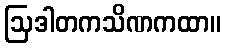
ဩဒါတကသိဏကထာ။